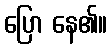
ပြော နေ၏။